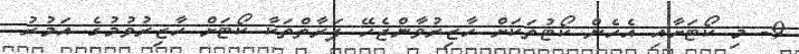
9- މި ކޯޓަށާއި އެހެން ކޯޓުތަކަށް ހާޒިރުވާންޖެހޭ ފަރާތްތަކާ ކޯޓަށް ހާޒިރުވުމުގެ އަމުރު